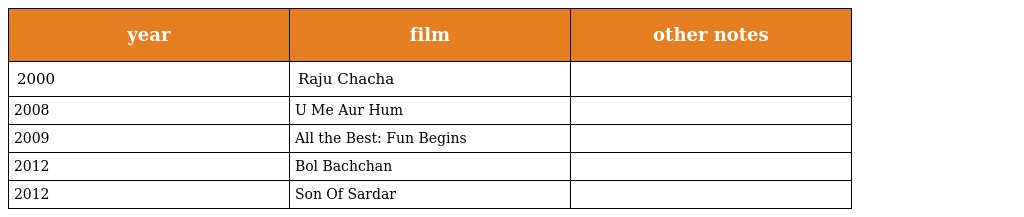
| year | film | other notes |
 | --- | --- | --- |
 | 2000 | Raju Chacha |  |
 | 2008 | U Me Aur Hum |  |
 | 2009 | All the Best: Fun Begins |  |
 | 2012 | Bol Bachchan |  |
 | 2012 | Son Of Sardar |  |